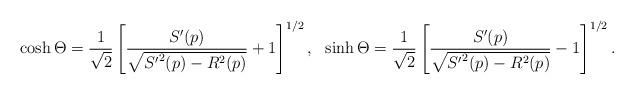
LaTeX: \begin{align*}\cosh\Theta=\frac{1}{\sqrt{2}}\left[\frac{S'(p)}{\sqrt{{S'}^2(p)-R^2(p)}}+1 \right]^{1/2},\ \ \sinh\Theta=\frac{1}{\sqrt{2}}\left[\frac{S'(p)}{\sqrt{{S'}^2(p)-R^2(p)}}-1 \right]^{1/2}.\end{align*}